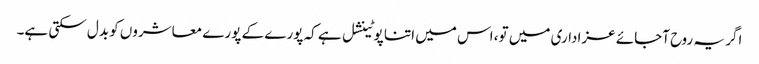
اگر یہ روح آجائے عزاداری میں تو، اس میں اتنا پوٹینشل ہے کہ پورے کے پورے معاشروں کو بدل سکتی ہے۔